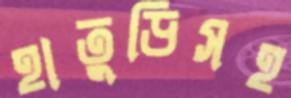
হাতুড়িসহ